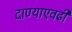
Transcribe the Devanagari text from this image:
दाण्याएवढी